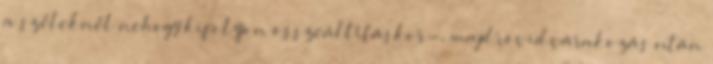
a széleknél nehogy kifolyjon összeállításkor-, majd rövid várakozás után